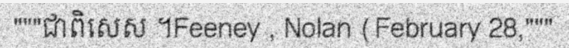
"""ជាពិសេស ។Feeney , Nolan (February 28,"""